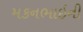
મકનભાઇની